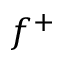
f ^ { + }